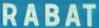
RABAT